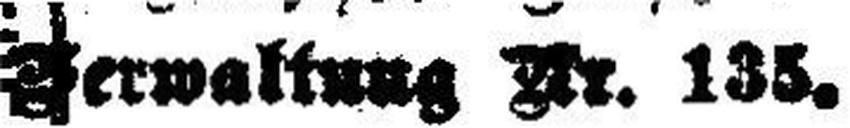
Verwaltung Nr. 135.